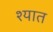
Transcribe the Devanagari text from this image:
श्यात